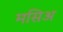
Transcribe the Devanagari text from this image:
मसिअ